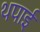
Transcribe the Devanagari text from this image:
थपाई